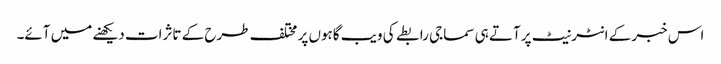
اس خبر کے انٹرنیٹ پر آتے ہی سماجی رابطے کی ویب گاہوں پر مختلف طرح کے تاثرات دیکھنے میں آئے۔